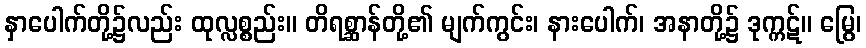
နှာပေါက်တို့၌လည်း ထုလ္လစ္စည်း။ တိရစ္ဆာန်တို့၏ မျက်ကွင်း၊ နားပေါက်၊ အနာတို့၌ ဒုက္ကဋ်။ မြွေ၊